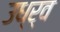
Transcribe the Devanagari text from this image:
उध्र्व